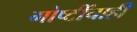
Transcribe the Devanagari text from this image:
गोष्टींचाही